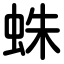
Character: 蛛